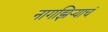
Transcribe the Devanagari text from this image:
नागझिऱ्याचं